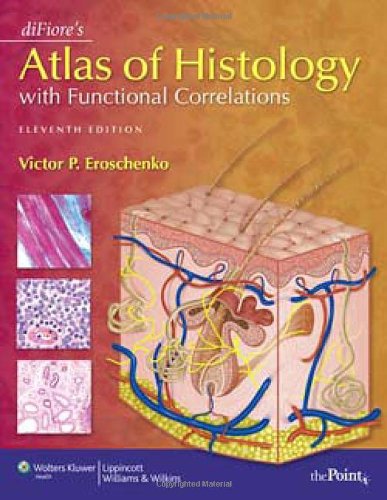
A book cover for diFiore's Atlas of Histology with Functional Correlations (Point (Lippincott Williams & Wilkins)); Victor P. Eroschenko PhD; Medical Books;